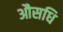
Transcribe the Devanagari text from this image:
औसधि